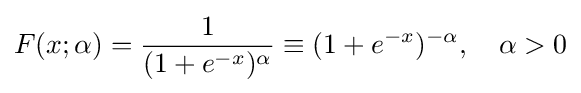
F(x;\alpha )={\frac {1}{(1+e^{-x})^{\alpha }}}\equiv (1+e^{-x})^{-\alpha },\quad \alpha >0